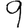
Digit: 9